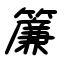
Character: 簾